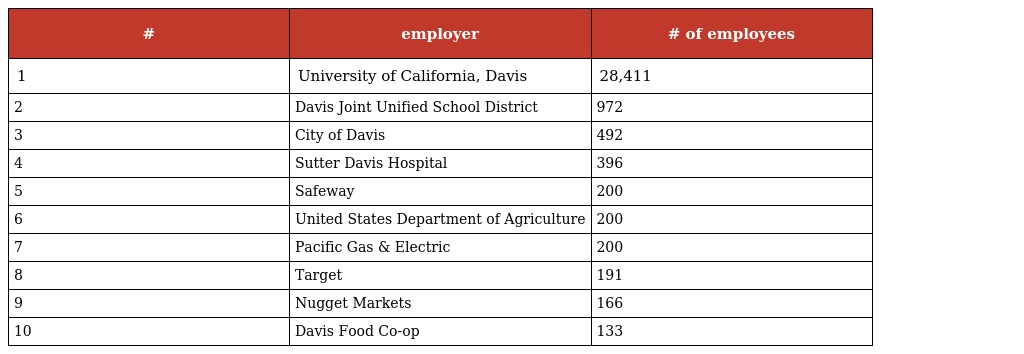
| # | employer | # of employees |
 | --- | --- | --- |
 | 1 | University of California, Davis | 28,411 |
 | 2 | Davis Joint Unified School District | 972 |
 | 3 | City of Davis | 492 |
 | 4 | Sutter Davis Hospital | 396 |
 | 5 | Safeway | 200 |
 | 6 | United States Department of Agriculture | 200 |
 | 7 | Pacific Gas & Electric | 200 |
 | 8 | Target | 191 |
 | 9 | Nugget Markets | 166 |
 | 10 | Davis Food Co-op | 133 |